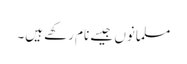
مسلمانوں جیسے نام رکھے ہیں۔